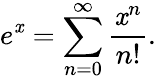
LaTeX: e^{\mathit{x}}=\sum_{n=0}^{\infty}{\frac{{\mathit{x}^{n}}}{{n!}}}.